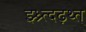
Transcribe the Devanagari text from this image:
झ्ध्र्त्दढ़थ्त्